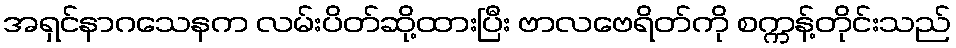
အရှင်နာဂသေနက လမ်းပိတ်ဆို့ထားပြီး ဗာလဗေရိတ်ကို စက္ကန့်တိုင်းသည်